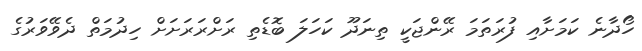
ހޯދާނެ ކަމަށާއި ފުރަތަމަ ރޭންޖަކީ ތިނަދޫ ކަހަލަ ބޮޑެތި ރަށްރަރަށަށް ހިދުމަތް ދެވޭވަރުގެ